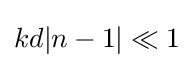
kd|n-1|\ll 1